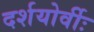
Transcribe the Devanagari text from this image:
दर्शयोर्वीः